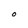
Character: O